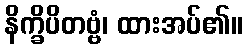
နိက္ခိပိတဗ္ဗံ၊ ထားအပ်၏။